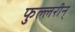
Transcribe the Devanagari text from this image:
फुल्लरीन्